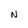
Character: N